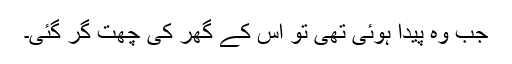
جب وہ پیدا ہوئی تھی تو اس کے گھر کی چھت گر گئی۔